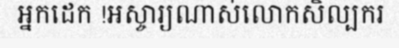
អ្នកដេក !អស្ចារ្យណាស់លោកសិល្បករ